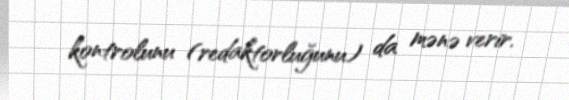
kontrolunu (redaktorluğunu) da mənə verir.